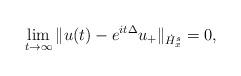
LaTeX: \begin{align*}\lim_{t\to\infty} \|u(t)-e^{it\Delta}u_+\|_{\dot H_x^s}=0,\end{align*}